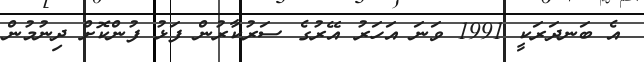
އެ ބަނދަރަކީ 1991 ވަނަ އަހަރު އޭރުގެ ސަރުކާރުން ފަޅު ފުންކޮށް ދިނުމުން